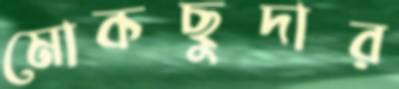
মোকছুদার